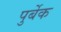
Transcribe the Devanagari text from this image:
पुर्बेक